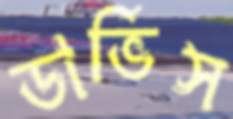
ডার্ভিস